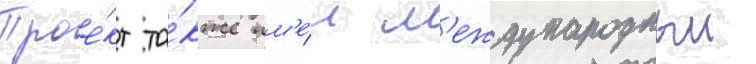
Прое́кт та́кже им'е́л м'еждународныи